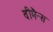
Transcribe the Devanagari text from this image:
वीमैन्स